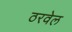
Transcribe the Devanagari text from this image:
ठरवेल